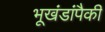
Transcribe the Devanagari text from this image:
भूखंडांपैकी